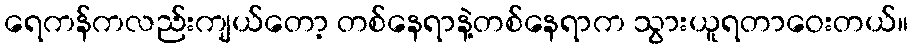
ရေကန်ကလည်းကျယ်တော့ တစ်နေရာနဲ့တစ်နေရာက သွားယူရတာဝေးတယ်။